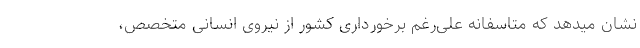
نشان میدهد که متاسفانه علی‌رغم برخورداری کشور از نیروی انسانی متخصص،